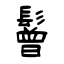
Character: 鬙